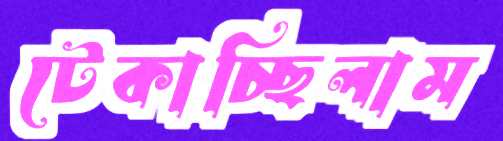
টেকাচ্ছিলাম